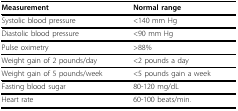
| Measurement | Normal range |
 | --- | --- |
 | Systolic blood pressure | <140 mm Hg |
 | Diastolic blood pressure | <90 mm Hg |
 | Pulse oximetry | >88% |
 | Weight gain of 2 pounds/day | <2 pounds a day |
 | Weight gain of 5 pounds/week | <5 pounds gain a week |
 | Fasting blood sugar | 80-120 mg/dL |
 | Heart rate | 60-100 beats/min. |